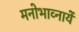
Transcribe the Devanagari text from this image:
मनोभाव्नायें